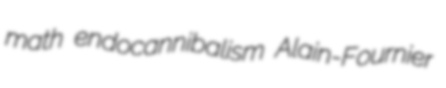
math endocannibalism Alain-Fournier